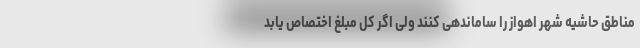
مناطق حاشیه شهر اهواز را ساماندهی کنند ولی اگر کل مبلغ اختصاص یابد